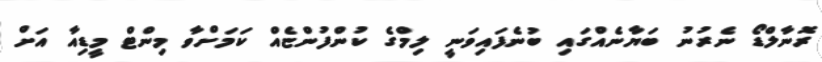
ރޮނާލްޑޯ ނެރުނު ބަޔާނެއްގައި ބުނެފައިވަނީ ލިމްގެ ކުންފުންޏެއް ކަމަށްވާ މިންޓް މީޑިއާ އަށް